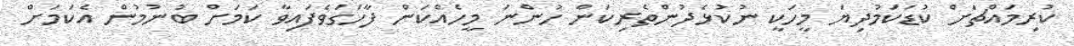
ކުރިމައްޗަށް ކުޑަކަމުދިޔަ މީހަކީ ނުކުޅެދުންތެރިކަން ހުންނަ މީހެއްކަން ފާހަގަވެފައިވާ ކަމަށް ބުނުމުން އެކަމަށް